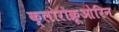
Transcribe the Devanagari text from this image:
क्लोरोक्रूओरिन